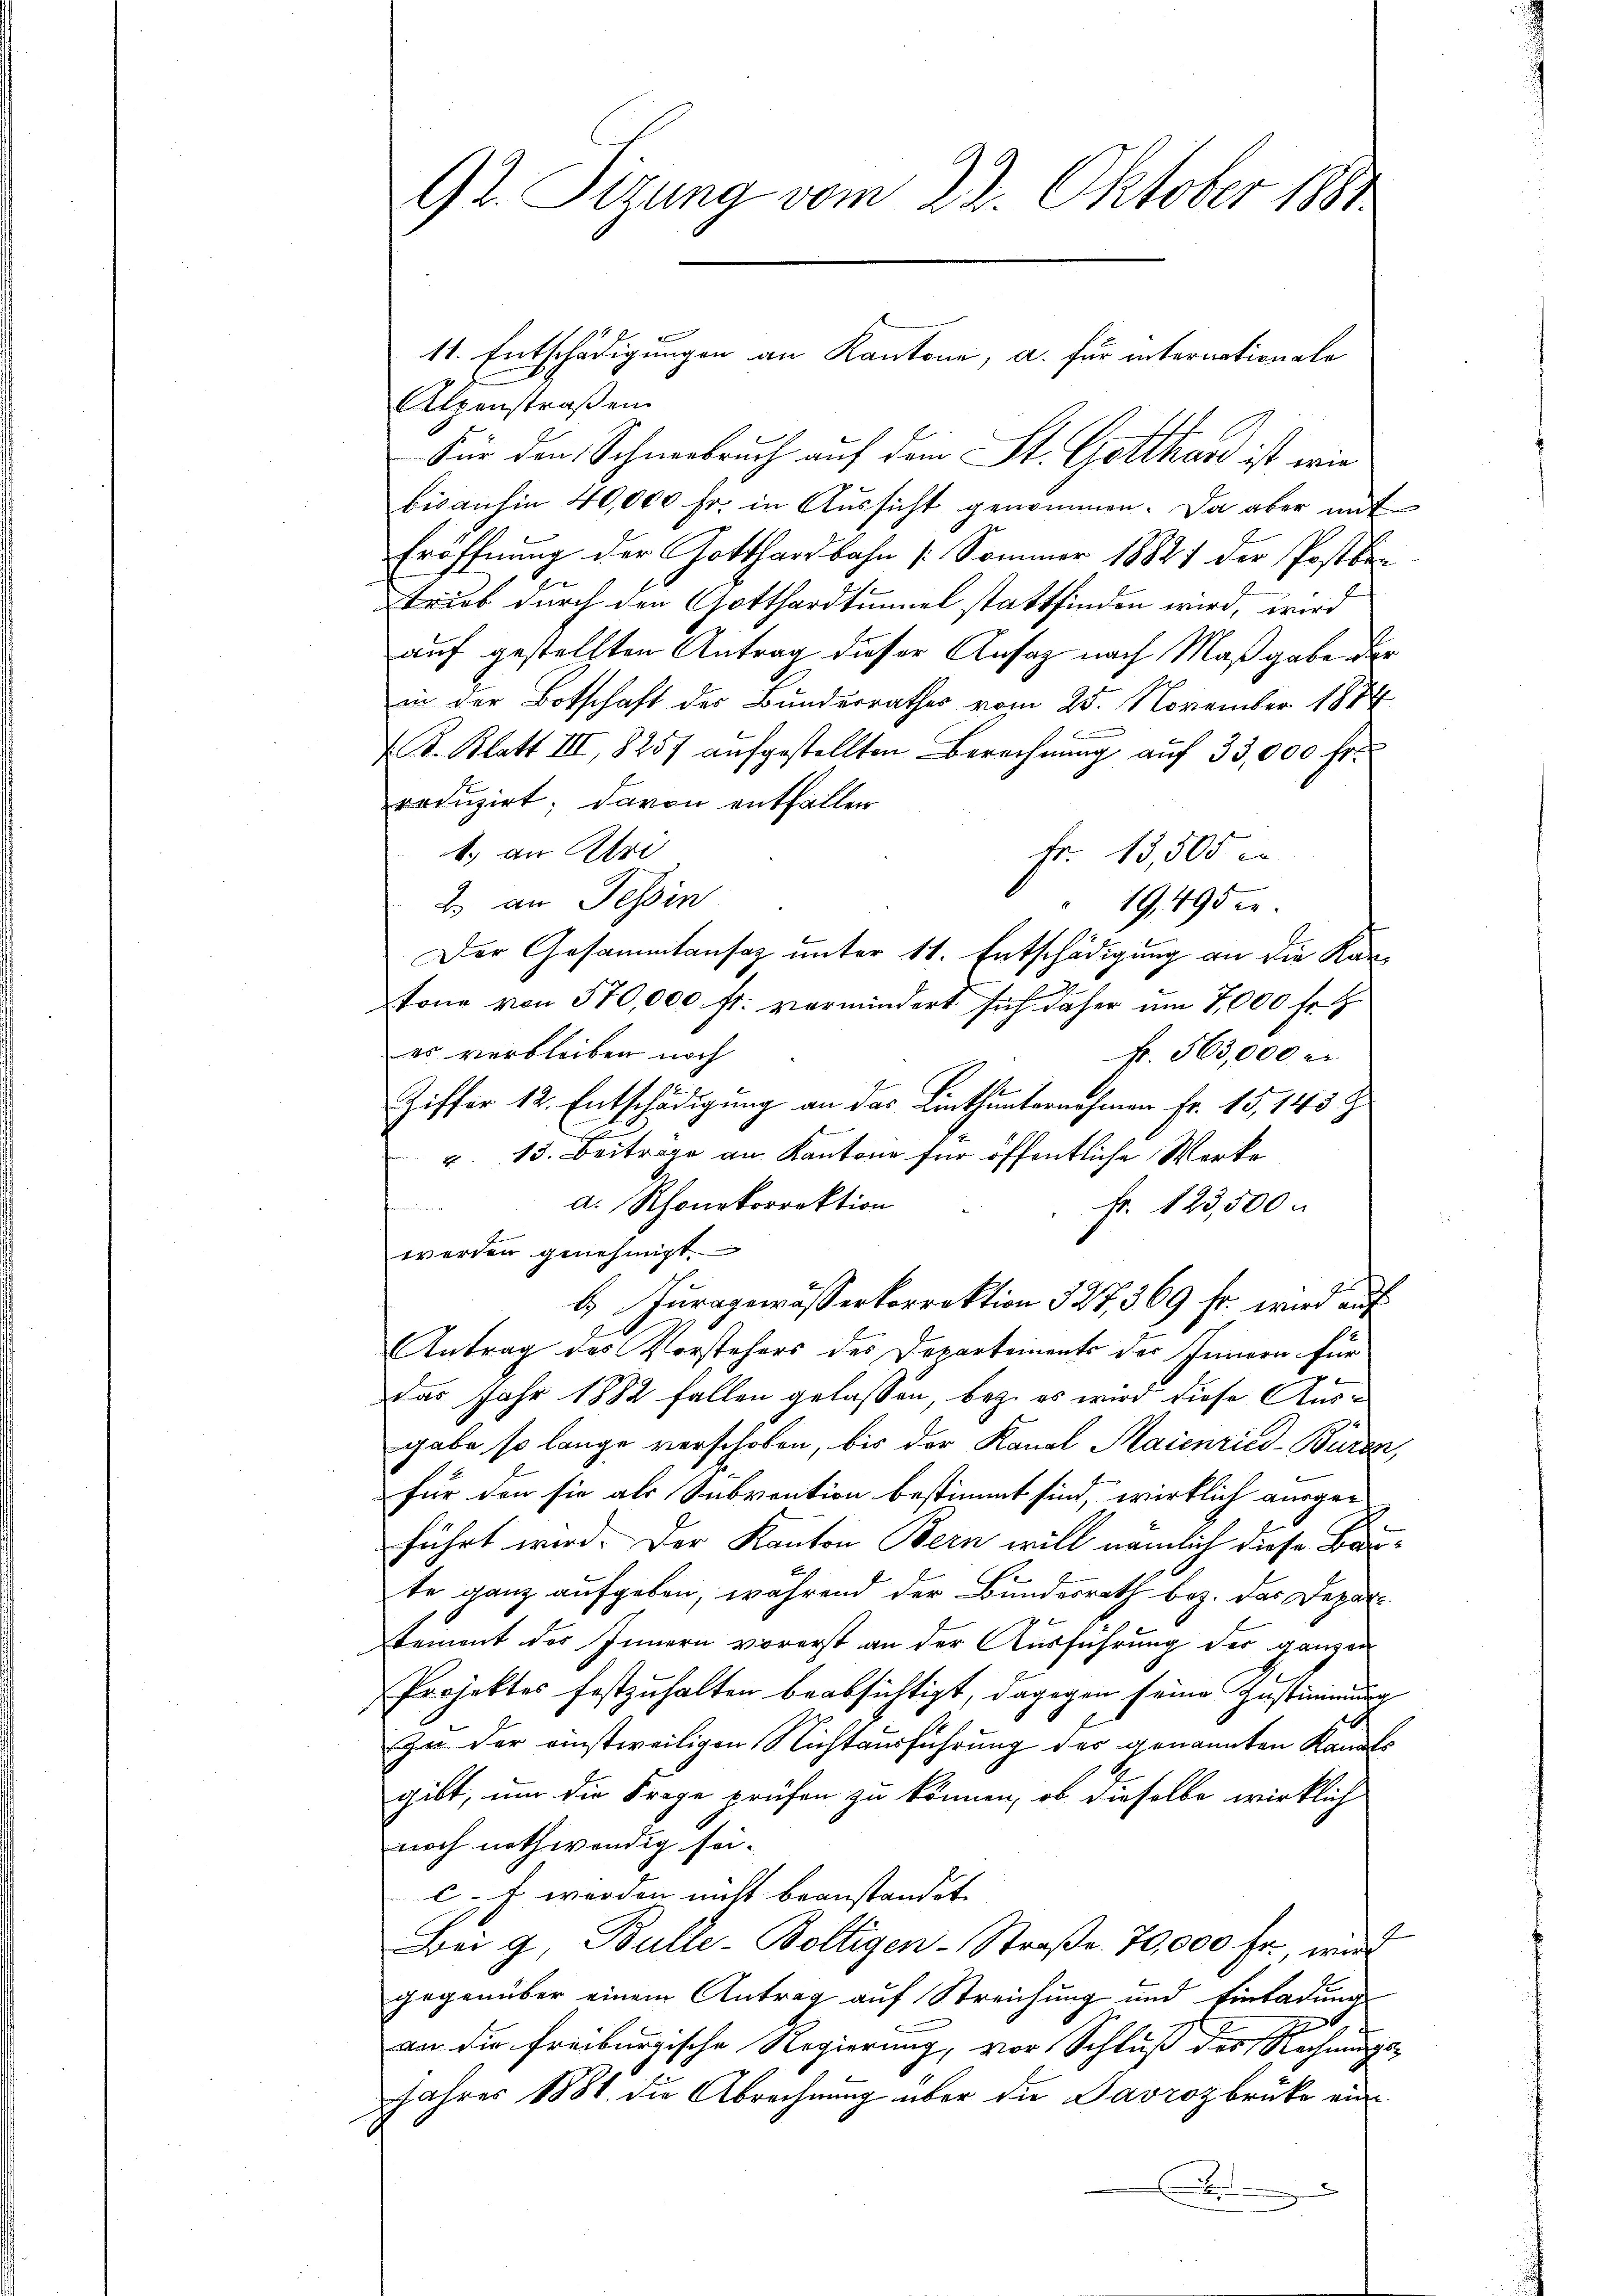
92. Sizung vom 22. Oktober 1889

lpenstraßen
Für den Schneebruch auf dem St. Gotthard ist wie
bisanhin 40,000 fr. in Aussicht genommen. Da aber mit
Eröffnung der Gotthardbahn (Sommer 18827 der Postbe-
trieb durch den Gotthardtunnel stattfinden wird, wird
auf gestellten Antrag dieser Ansaz nach Maßgabe der
in der Botschaft der Bunderrathes vom 25. November 187
S. Blatt III, 8257 aufgestellten Berechnung auf 33,000 fr.
reduzirt; davon entfallen
1.) an Beri
Fr. 13,505
2. an Tessin
19,495 e
Der Gesammtansaz unter 11. Entschädigung an die Kantone von 570,000 fr. vermindert sich daher um 7,000 fr.
es verbleiben noch
Fr. 563,000 e
Ziffer 12. Entschädigung an das Linthunternehmen Fr. 15, 145 t
“ 13. Beiträge an Kantone für öffentliche Werke
a. Rhonekorrektion
t
fr. 123,500.
werden genehmigt.
E Juragewässerkorrektion 327, 369 fr. wird auf
Antrag des Vorstehers des Departements der Innern für
das Jahr 1882 fallen gelassen, bez. es wird diese Ausgabe so lange verschoben, bis der Kanal Maienried-Buren,
für den sie als Subvention bestimmt sind, wirklich ausge-
)
führt wird. Der Kanton Bern will nämlich diese Baute ganz aufgeben, während der Bundesrath bez. das Depar-
tement des Innern vorerst an der Ausführung der ganzen
Projektes festzuhalten beabsichtigt, dagegen seine Zustimmung
zu der einstweiligen Nichtausführung des genannten Kandts
gibt, um die Frage prüfen zu können, ob dieselbe wirklich
noch nothwendig sei.
c. Es werden nicht beanstandet.
Bei 9, Bulle-Boltigen-Straße. 70,000 fr., wird
gegenüber einem Antrag auf Streichung und Einladung
1
an die Freiburgische Regierung, vor Schluß des Rechnungs-
Jahres 1881 die Abrechnung über die Savrozbrüke ein¬
.

11. Entschädigungen an Kantone, a. für internationale